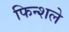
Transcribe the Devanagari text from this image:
फिन्शले